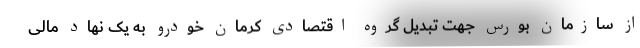
از سازمان بورس جهت تبدیل گروه اقتصادی کرمان خودرو به یک نهاد مالی